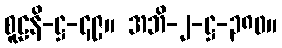
စူဠနိ-ဋ္ဌ-၄၉။ အဘိ-၂-ဋ္ဌ-၃၈၀။